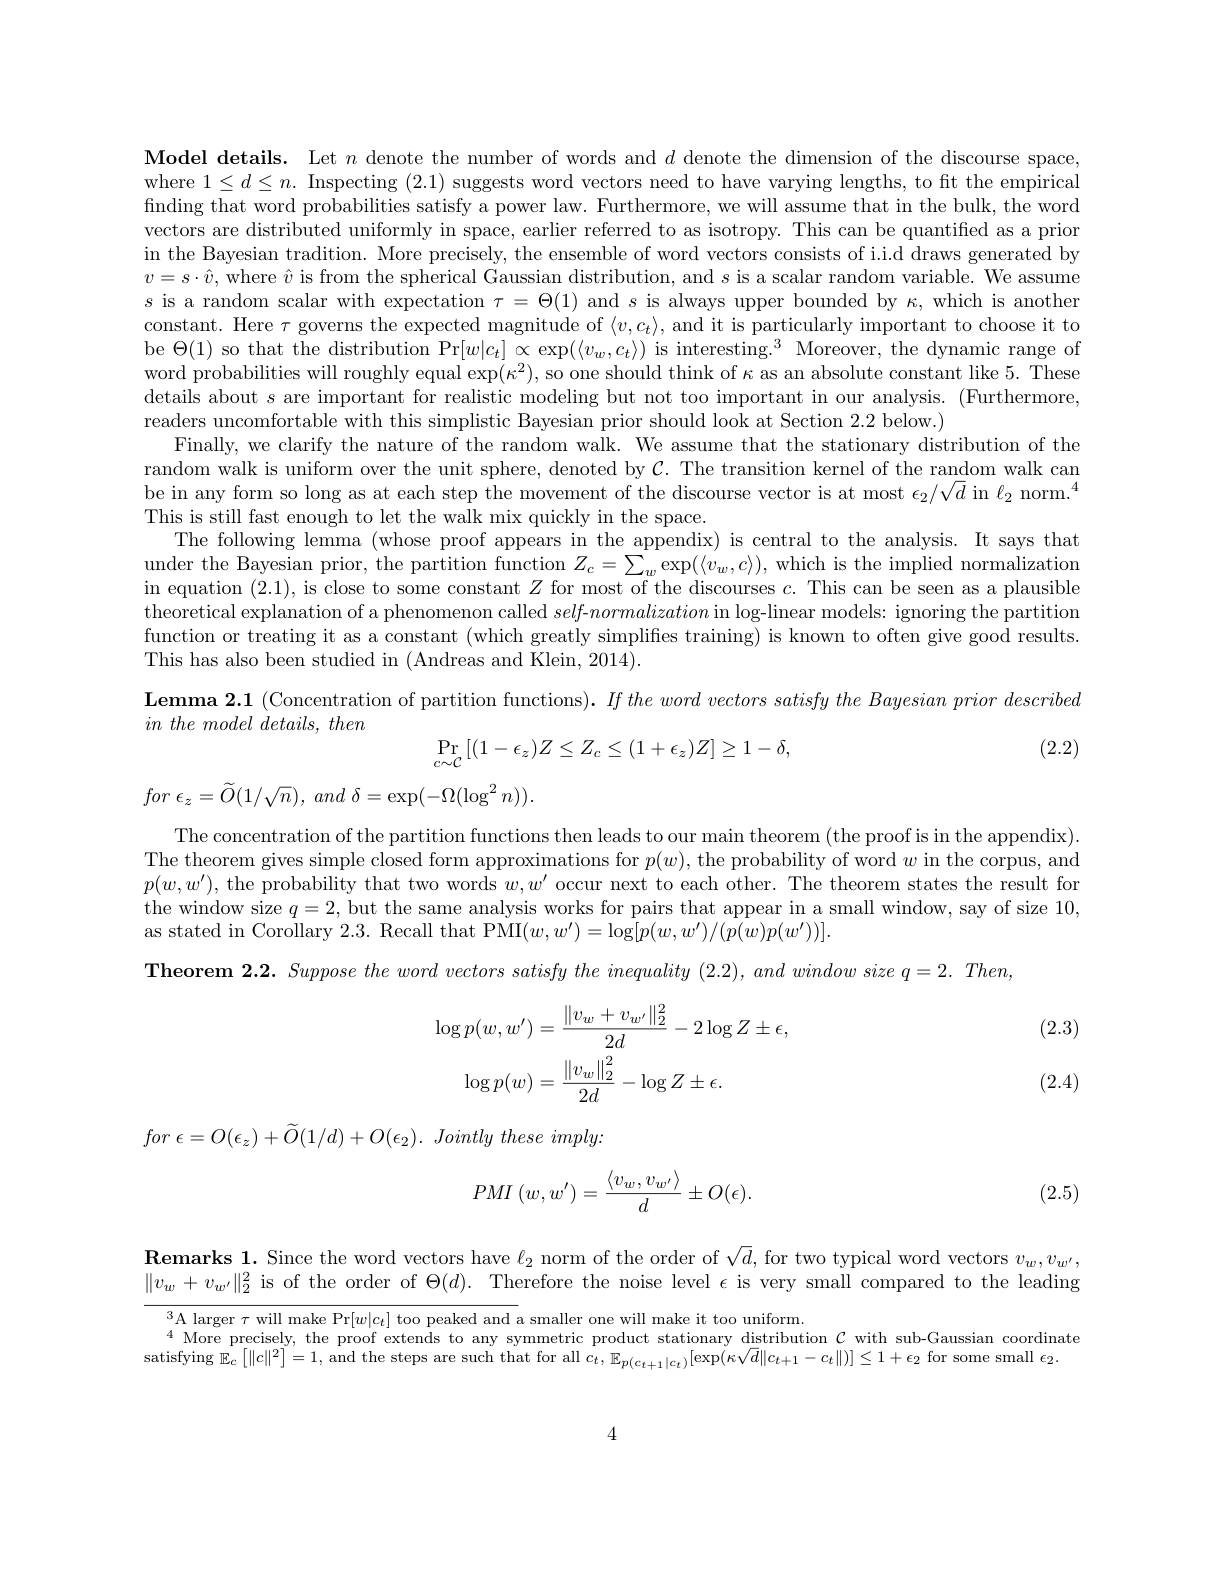
Model details. Let $n$ denote the number of words and $d$ denote the dimension of the discourse space, where $1\leq d\leq n.$ Inspecting (2.1) suggests word vectors need to have varying lengths, to fit the empirical fnding that word probabilities satisfy a power law. Furthermore, we will assume that in the bulk, the word vectors are distributed uniformly in space, earlier referred to as isotropy. This can be quantified as a prior in the Bayesian tradition. More precisely, the ensemble of word vectors consists of i.i.d draws generated by $v=s\cdot\hat{v}$, where $\hat{v}$ is from the spherical Gaussian distribution, and $s$ is a scalar random variable. We assume $s$ is a random scalar with expectation $\tau=\Theta(1)$ and $s$ is always upper bounded by $\kappa$, which is another constant. Here $\tau$ governs the expected magnitude of $\langle v,c_t\rangle$, and it is particularly important to choose it to be $\Theta(1)$ so that the distribution Pr$[w|c_t]\propto\exp(\langle v_w,c_t\rangle)\text{ is interesting.}^3$ Moreover, the dynamic range of word probabilities will roughly equal $\exp(\kappa^2)$, so one should think of $\kappa$ as an absolute constant like 5. These details about $s$ are important for realistic modeling but not too important in our analysis. (Furthermore, readers uncomfortable with this simplistic Bayesian prior should look at Section 2.2 below.)
Finally, we clarify the nature of the random walk. We assume that the stationary distribution of the random walk is uniform over the unit sphere, denoted by $\mathcal{C}.$ The transition kernel of the random walk candom walk can be in any form so long as at each step the movement of the discourse vector is at most $\epsilon_2/\sqrt{d}$ in $\ell_2$ norm.$^4$ This is still fast enough to let the walk mix quickly in the space.
The following lemma (whose proof appears in the appendix) is central to the analysis. It says that under the Bayesian prior, the partition function $Z_c=\sum_w\exp(\langle v_w,c\rangle)$, which is the implied normalization in equation (2.1), is close to some constant $Z$ for most of the discourses $c.$ This can be seen as a plausible theoretical explanation of a phenomenon called $self-normalization$ in log-linear models: ignoring the partition function or treating it as a constant (which greatly simplifies training) is known to often give good results. This has also been studied in (Andreas and Klein, 2014).
$\textbf{Lemma 2. 1 ( Concentration of partition functions) . }If\textit{the word vectors satisfy the Bayesian prior described}$
$in\textit{ the model details, then}$

(2.2)
$$\Pr_{c\sim\mathcal{C}}\left[(1-\epsilon_z)Z\leq Z_c\leq(1+\epsilon_z)Z\right]\geq1-\delta,$$
for $\epsilon _{z}= \widetilde{O} ( 1/ \sqrt {n}) $, and $\delta = \exp ( - \Omega ( \log ^{2}n) ) .$

The concentration of the partition functions then leads to our main theorem (the proof is in the appendix). The theorem gives simple closed form approximations for $p(w)$, the probability of word $w$ in the corpus, and $p(w,w^{\prime})$, the probability that two words $w,w^\prime$ occur next to each other. The theorem states the result for the window size $q=2$, but the same analysis works for pairs that appear in a small window, say of size 10, as stated in Corollary 2.3. Recall that PMI$(w,w^{\prime})=\log[p(w,w^{\prime})/(p(w)p(w^{\prime}))].$
$\textbf{Theorem 2. 2. Suppose the word vectors satisfy the inequality ( 2. 2) , and window size q= 2. Then, }$

(2.3)
$$\begin{aligned}\log p(w,w^{\prime})&=\frac{\|v_{w}+v_{w^{\prime}}\|_{2}^{2}}{2d}-2\log Z\pm\epsilon,\\\log p(w)&=\frac{\|v_{w}\|_{2}^{2}}{2d}-\log Z\pm\epsilon.\end{aligned}$$
(2.4)

for $\epsilon = O( \epsilon _{z}) + \widetilde{O} ( 1/ d) + O( \epsilon _{2}) .$ Jointly these $imply:$
$$PMI\:(w,w')=\frac{\langle v_w,v_{w'}\rangle}{d}\pm O(\epsilon).$$
(2.5)

$\textbf{Remarks 1. Since the word vectors have }\ell _2$ norm of the order of $\sqrt d$, for two typical word vectors $v_w,v_w^{\prime}$, $\|v_w+v_{w^{\prime}}\|_2^2$ is of the order of $\Theta(d).$ Therefore the noise level $\epsilon$ is very small compared to the leading

$^{3}$A larger $\tau$ will make Pr$[w|c_t]$ too peaked and a smaller one will make it too uniform.
4 More precisely, the proof extends to any symmetric product stationary distribution $\mathcal{C}$ with sub-Gaussian coordinate
satisfying $\mathbb{E}_c\left[\|c\|^2\right]=1$, and the steps are such that for all $\dot c_t,\mathbb{E}_{p(c_{t+1}|c_{t})}[\exp(\kappa\sqrt{d}\|c_{t+1}-c_{t}\|)]\leq1+\epsilon_{2}$ for some small $\epsilon_2.$

4